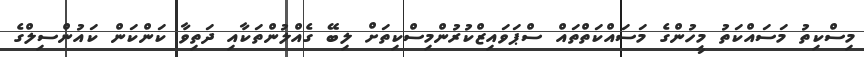
މިސްކިތު މަސައްކަތު މީހުންގެ މަސައްކަތްތައް ސްޕަވައިޒްކުރުންމިސްކިތަށް ލިބޭ ގެއްލުންތަކާއި ދަތިވާ ކަންކަން ކައުންސިލްގެ